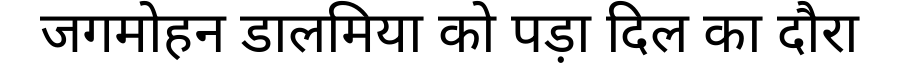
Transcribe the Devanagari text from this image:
जगमोहन डालमिया को पड़ा दिल का दौरा